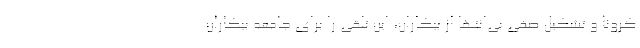
کرونا و تشکیل صفی بی‌انتها از بیکاران، این تلقی را برای جامعه بیکاران